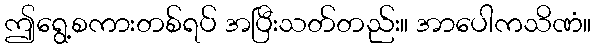
ဤရွေ့စကားတစ်ရပ် အပြီးသတ်တည်း။ အာပေါကသိဏံ။